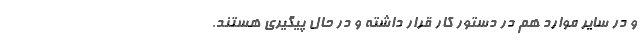
و در سایر موارد هم در دستور کار قرار داشته و در حال پیگیری هستند.